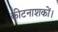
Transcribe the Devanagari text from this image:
कीटनाशकों।